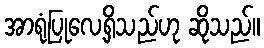
အာရုံပြုလေ့ရှိသည်ဟု ဆိုသည်။